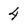
Character: 4